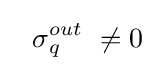
\ {\ \sigma }_{q}^{out}\ \neq 0